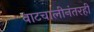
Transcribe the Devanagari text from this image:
वाटचालीनंतरही